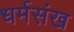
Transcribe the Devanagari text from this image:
धर्मसंख